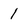
Character: 1